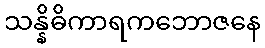
သန္နိဓိကာရကဘောဇနေ